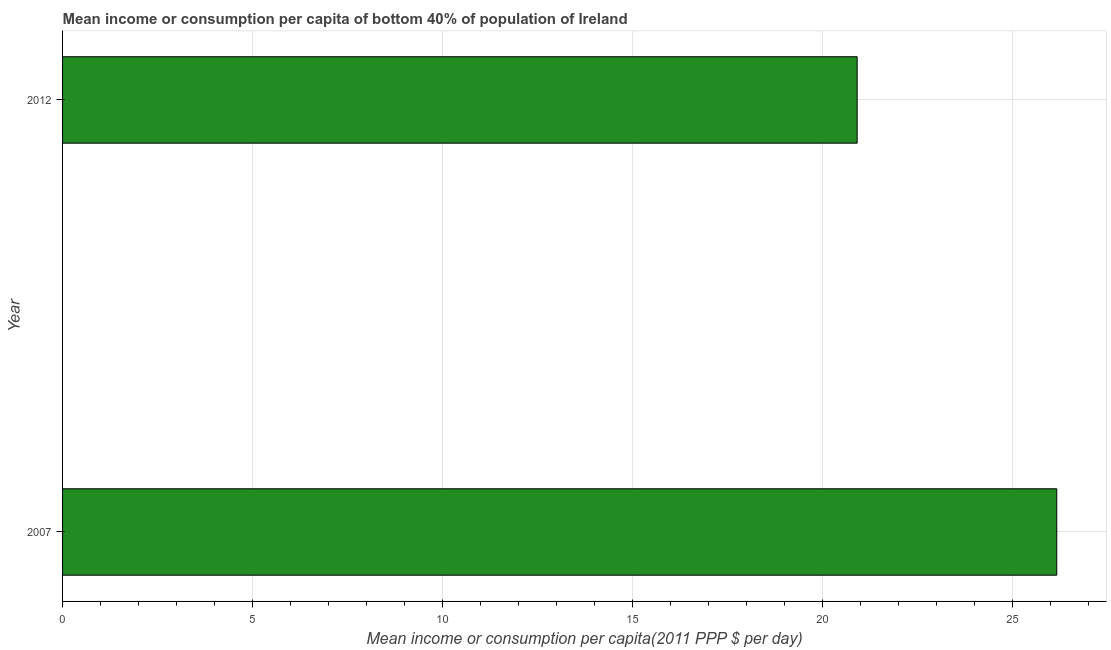
| Year | Bottom 40percent |
 | --- | --- |
 | 2007 | 26.2 |
 | 2012 | 20.9 |